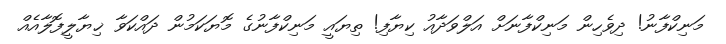
މަނިކްފާނު! ދިވެހިން މަނިކްފާނަށް އަލްވަދާއު ކިޔާފި! ތިޔައީ މަނިކްފާނުގެ މޮޔަކަމުން ދައްކަވާ ޚިޔާލީފޮލާއެެއް